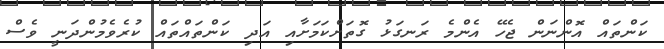
ކަންތައް އޮންނަން ޖެހޭ އެންމެ ރަނގަޅު ގޮތަށްކަމަށާއި އަދި ކަންތައްތައް ކުރެވެމުންދަނީ ވެސް